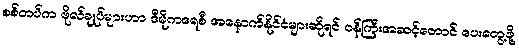
စစ်တပ်က ဗိုလ်ချုပ်များဟာ ဒီမိုကရေစီ အနောက်နိုင်ငံများဆိုရင် ဝန်ကြီးအဆင့်တောင် ပေးတွေ့ဖို့